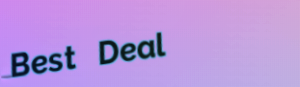
Best Deal